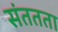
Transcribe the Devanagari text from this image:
संततता